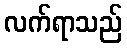
လက်ရာသည်